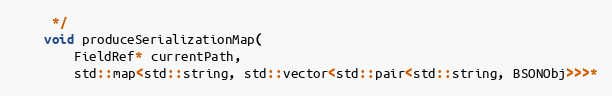
Language: C++
     */
    void produceSerializationMap(
        FieldRef* currentPath,
        std::map<std::string, std::vector<std::pair<std::string, BSONObj>>>*